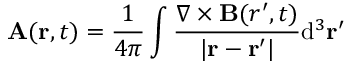
\mathbf { A } ( \mathbf { r } , t ) = { \frac { 1 } { 4 \pi } } \int { \frac { \nabla \times \mathbf { B } ( { r } ^ { \prime } , t ) } { | \mathbf { r } - \mathbf { r } ^ { \prime } | } } \mathrm { d } ^ { 3 } \mathbf { r } ^ { \prime }